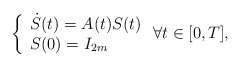
\begin{align*}\left\{\begin{array}{l}\dot{S}(t) = A(t) S(t)\\S(0)=I_{2m}\end{array}\right.\forall t \in [0,T],\end{align*}